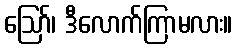
ဪ၊ ဒီလောက်ကြာမလား။